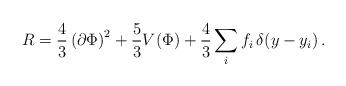
LaTeX: \begin{align*}R = \frac{4}{3}\left( \partial \Phi\right)^2 +\frac{5}{3} V\!\left(\Phi\right) +\frac{4}{3}\sum_i f_i\, \delta\!\left( y -y_i\right) .\end{align*}